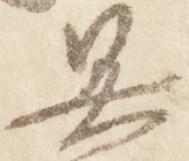
具